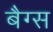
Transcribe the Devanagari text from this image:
बैग्‍स